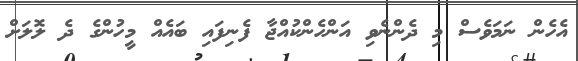
އެހެން ނަމަވެސް މި ދެންނެވި އަންހެންކުއްޖާ ފެނިފައި ބައެއް މީހުންގެ ދެ ލޮލަށް